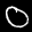
Label: 0